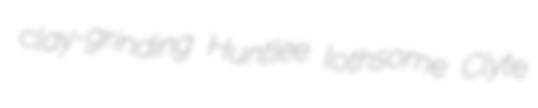
clay-grinding Huntlee lothsome Clyte